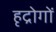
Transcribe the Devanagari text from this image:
हृद्रोगों